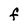
Character: F